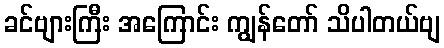
ခင်ဗျားကြီး အကြောင်း ကျွန်တော် သိပါတယ်ဗျ